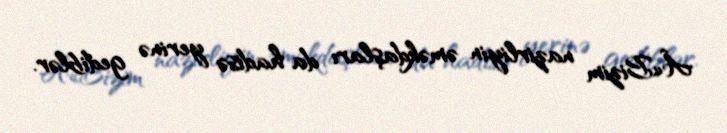
Â«Bizim nazirliyin əməkdaşları da hadisə yerinə gediblər.